system: You are a helpful assistant.
user:
Analyze the provided spectrum to determine if it is a **S-type Star**.

- **Key Indicators for S-type Star:**

    - **(Overall Spectrum Shape):** The first and most obvious characteristic is the overall continuum (the "baseline" shape). It is **extremely "red-sloping,"** meaning the flux (light intensity) is very low on the left side (blue, ~4000-4500 Å) and rises steeply and continuously toward the right side (red, ~7000 Å+).

    - **(Primary):** The spectrum is defined by the presence of strong, broad molecular absorption "valleys" (bands) from **Zirconium Oxide (ZrO)**. The identification of these bands is the **primary requirement** for classifying a star as S-type.
        - **(Key Bandheads):** You must find distinct, deep "dips" where the light has been absorbed. The most critical band systems to locate are:
            - **~6474 Å** ($\gamma$-system): This is often the strongest and clearest ZrO feature, found in the red part of the spectrum.
            - **~5718 Å** & **~5551 Å** ($\beta$-system): A pair of prominent absorption features in the yellow-orange part of the spectrum.
            - **~4640 Å** ($\alpha$-system): A key absorption band system in the blue-green region of the spectrum.

    - **(Secondary Confirmation):** The classification is strengthened by finding additional absorption bands from other related heavy element oxides, which are expected to be present alongside ZrO.
        - **(Key Bandheads):**
            - **Yttrium Oxide (YO):** Look for absorption dips near **~4800 Å** and **~6100 Å**.
            - **Lanthanum Oxide (LaO):** Additional absorption features, particularly in the red-orange part of the spectrum, are also characteristic.

    - **(Line Profile):** The combination of the steep red continuum and these numerous, deep molecular bands (ZrO, YO, etc.) gives the entire spectrum a very **"chopped-up"** or **"bumpy"** appearance. Instead of a smooth curve, the spectrum looks as though large, wide chunks of light have been "carved out" of it at the specific wavelengths listed above.

Think first, call **spectral_visualization_tool** if needed to examine features in detail, then provide your final answer. Your response must adhere to the following strict rules:
1.  **Overall Structure:** Your response must follow the format `<think>...</think> <tool_call>...</tool_call> (if a tool is used) <answer>...</answer>`.
2.  **Tool Usage Constraint:** You may only make **one** tool call per turn.
3.  **Final Answer Format:** In the `<answer>` tag, your conclusion must be inside a `\boxed{}` command (e.g., `\boxed{YES}` or `\boxed{NO}`), followed by your justification.

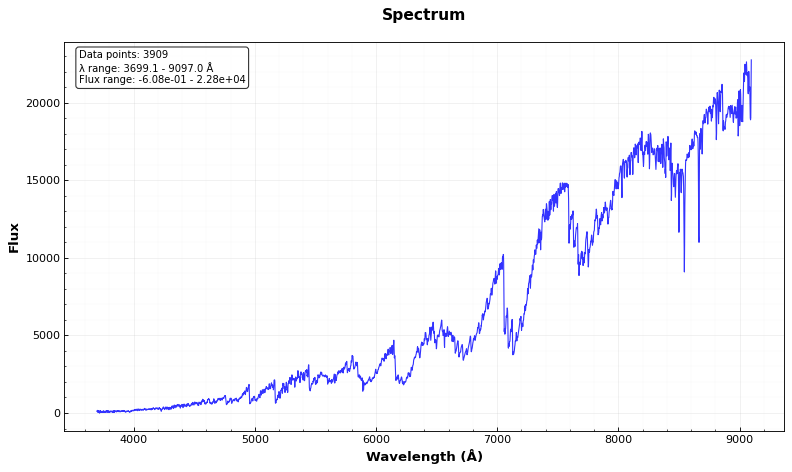
Answer: YES